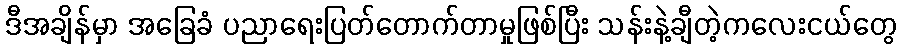
ဒီအချိန်မှာ အခြေခံ ပညာရေးပြတ်တောက်တာမှုဖြစ်ပြီး သန်းနဲ့ချီတဲ့ကလေးငယ်တွေ